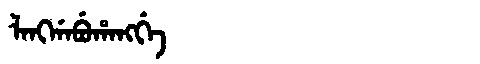
Manchu: ᠯᠠᠩᡤᠠᠪᡠᡥᠠᠩᡤᡝ
Romanization: LANGGABUHANGGE